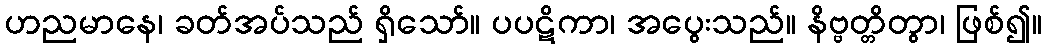
ဟညမာနေ၊ ခတ်အပ်သည် ရှိသော်။ ပပဋိကာ၊ အပွေးသည်။ နိဗ္ဗတ္တိတွာ၊ ဖြစ်၍။